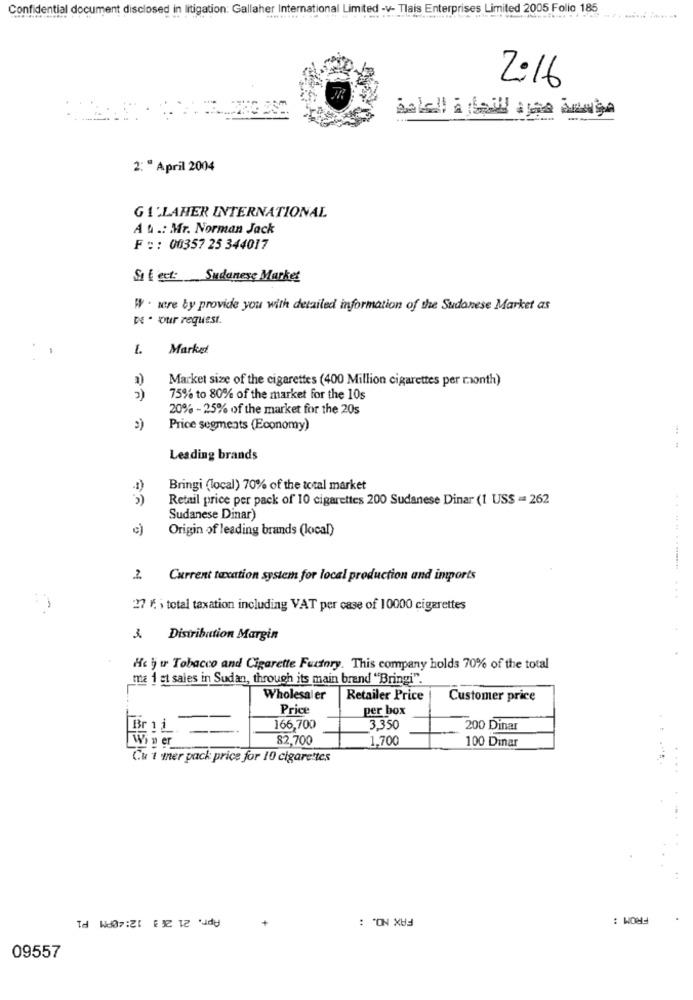
Confidential document disclosed in litigation: Gallaher International Limited -v- Tlais Enterprises Limited 2005 Folio 185
2:16
2: " April 2004
G1'LAHER INTERNATIONAL
A u .: Mr. Norman Jack
F : : 00357 25 344017
Si E ect: Sudanese Market
WY . scre by provide you with detailed information of the Sudanese Market as
N . our request.
1.
Market
a)
Market size of the cigarettes (400 Million cigarettes per month)
2)
75% to 80% of the market for the 10s
20% - 25% of the market for the 20s
3)
Price segments (Economy)
Leading brands
Bringi (local) 70% of the total market
Retail price per pack of 10 cigarettes 200 Sudanese Dinar (1 USS = 262
Sudanese Dinar)
Origin of leading brands (local)
2. Current taxation system for local production and imports
27 1. i total taxation including VAT per case of 10000 cigarettes
3. Distribution Margin
He i u Tobacco and Cigarette Factory. This company holds 70% of the total
ma 1 et sales in Sudan, through its main brand "Bringi".
Wholesaler
Retailer Price
Customer price
Price
per box
Bril
166,700
3,350
200 Dinar
Wi n er
82,700
1,700
100 Dinar
Cu 1 mer pack price for 10 cigarettes
Apr. 21 26 3 12:40PM P1
FAX NO. :
FROM :
+
09557